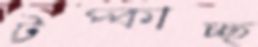
টপ্‌কাচ্ছ